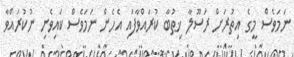
ނަމަވެސް މީގެ އިތުރަށް ރަސޫލާ ޚިޠުބާ ކުރައްވާފައި އެހެން ނަމަވެސް ކައިވެނި ނުކުރައްވާ